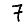
Digit: 7